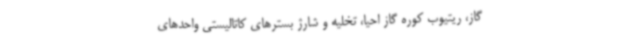
گاز، ریتیوب کوره گاز احیا، تخلیه و شارژ بسترهای کاتالیستی واحدهای